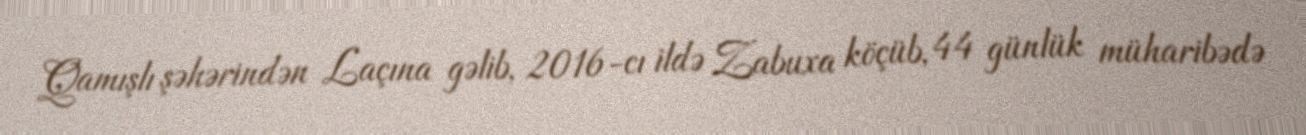
Qamışlı şəhərindən Laçına gəlib, 2016-cı ildə Zabuxa köçüb, 44 günlük müharibədə